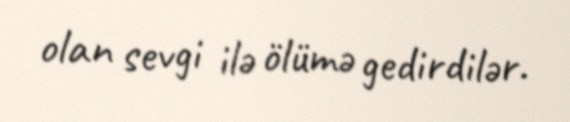
olan sevgi ilə ölümə gedirdilər.